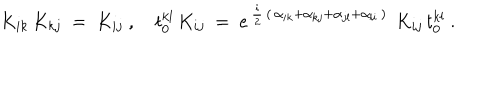
LaTeX: K _ { i k } \, K _ { k j } ~ = ~ K _ { i j } ~ , ~ t _ { 0 } ^ { k l } \, K _ { i j } ~ = ~ e ^ { \, { \frac { i } { 2 } } \, ( \, \alpha _ { i k } + \alpha _ { k j } + \alpha _ { j l } + \alpha _ { l i } \, ) \, } ~ K _ { i j } \, t _ { 0 } ^ { k l } ~ .